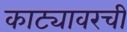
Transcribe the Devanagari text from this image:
काट्यावरची